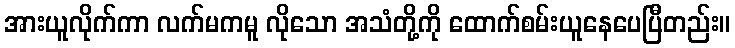
အားယူလိုက်ကာ လက်မကမူ လိုသော အသံတို့ကို ထောက်စမ်းယူနေပေပြီတည်း။